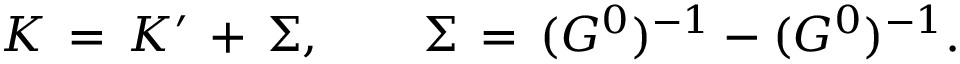
K \, = \, K ^ { \prime } \, + \, \Sigma , \qquad \Sigma \, = \, ( G ^ { 0 } ) ^ { - 1 } - ( G ^ { 0 } ) ^ { - 1 } .